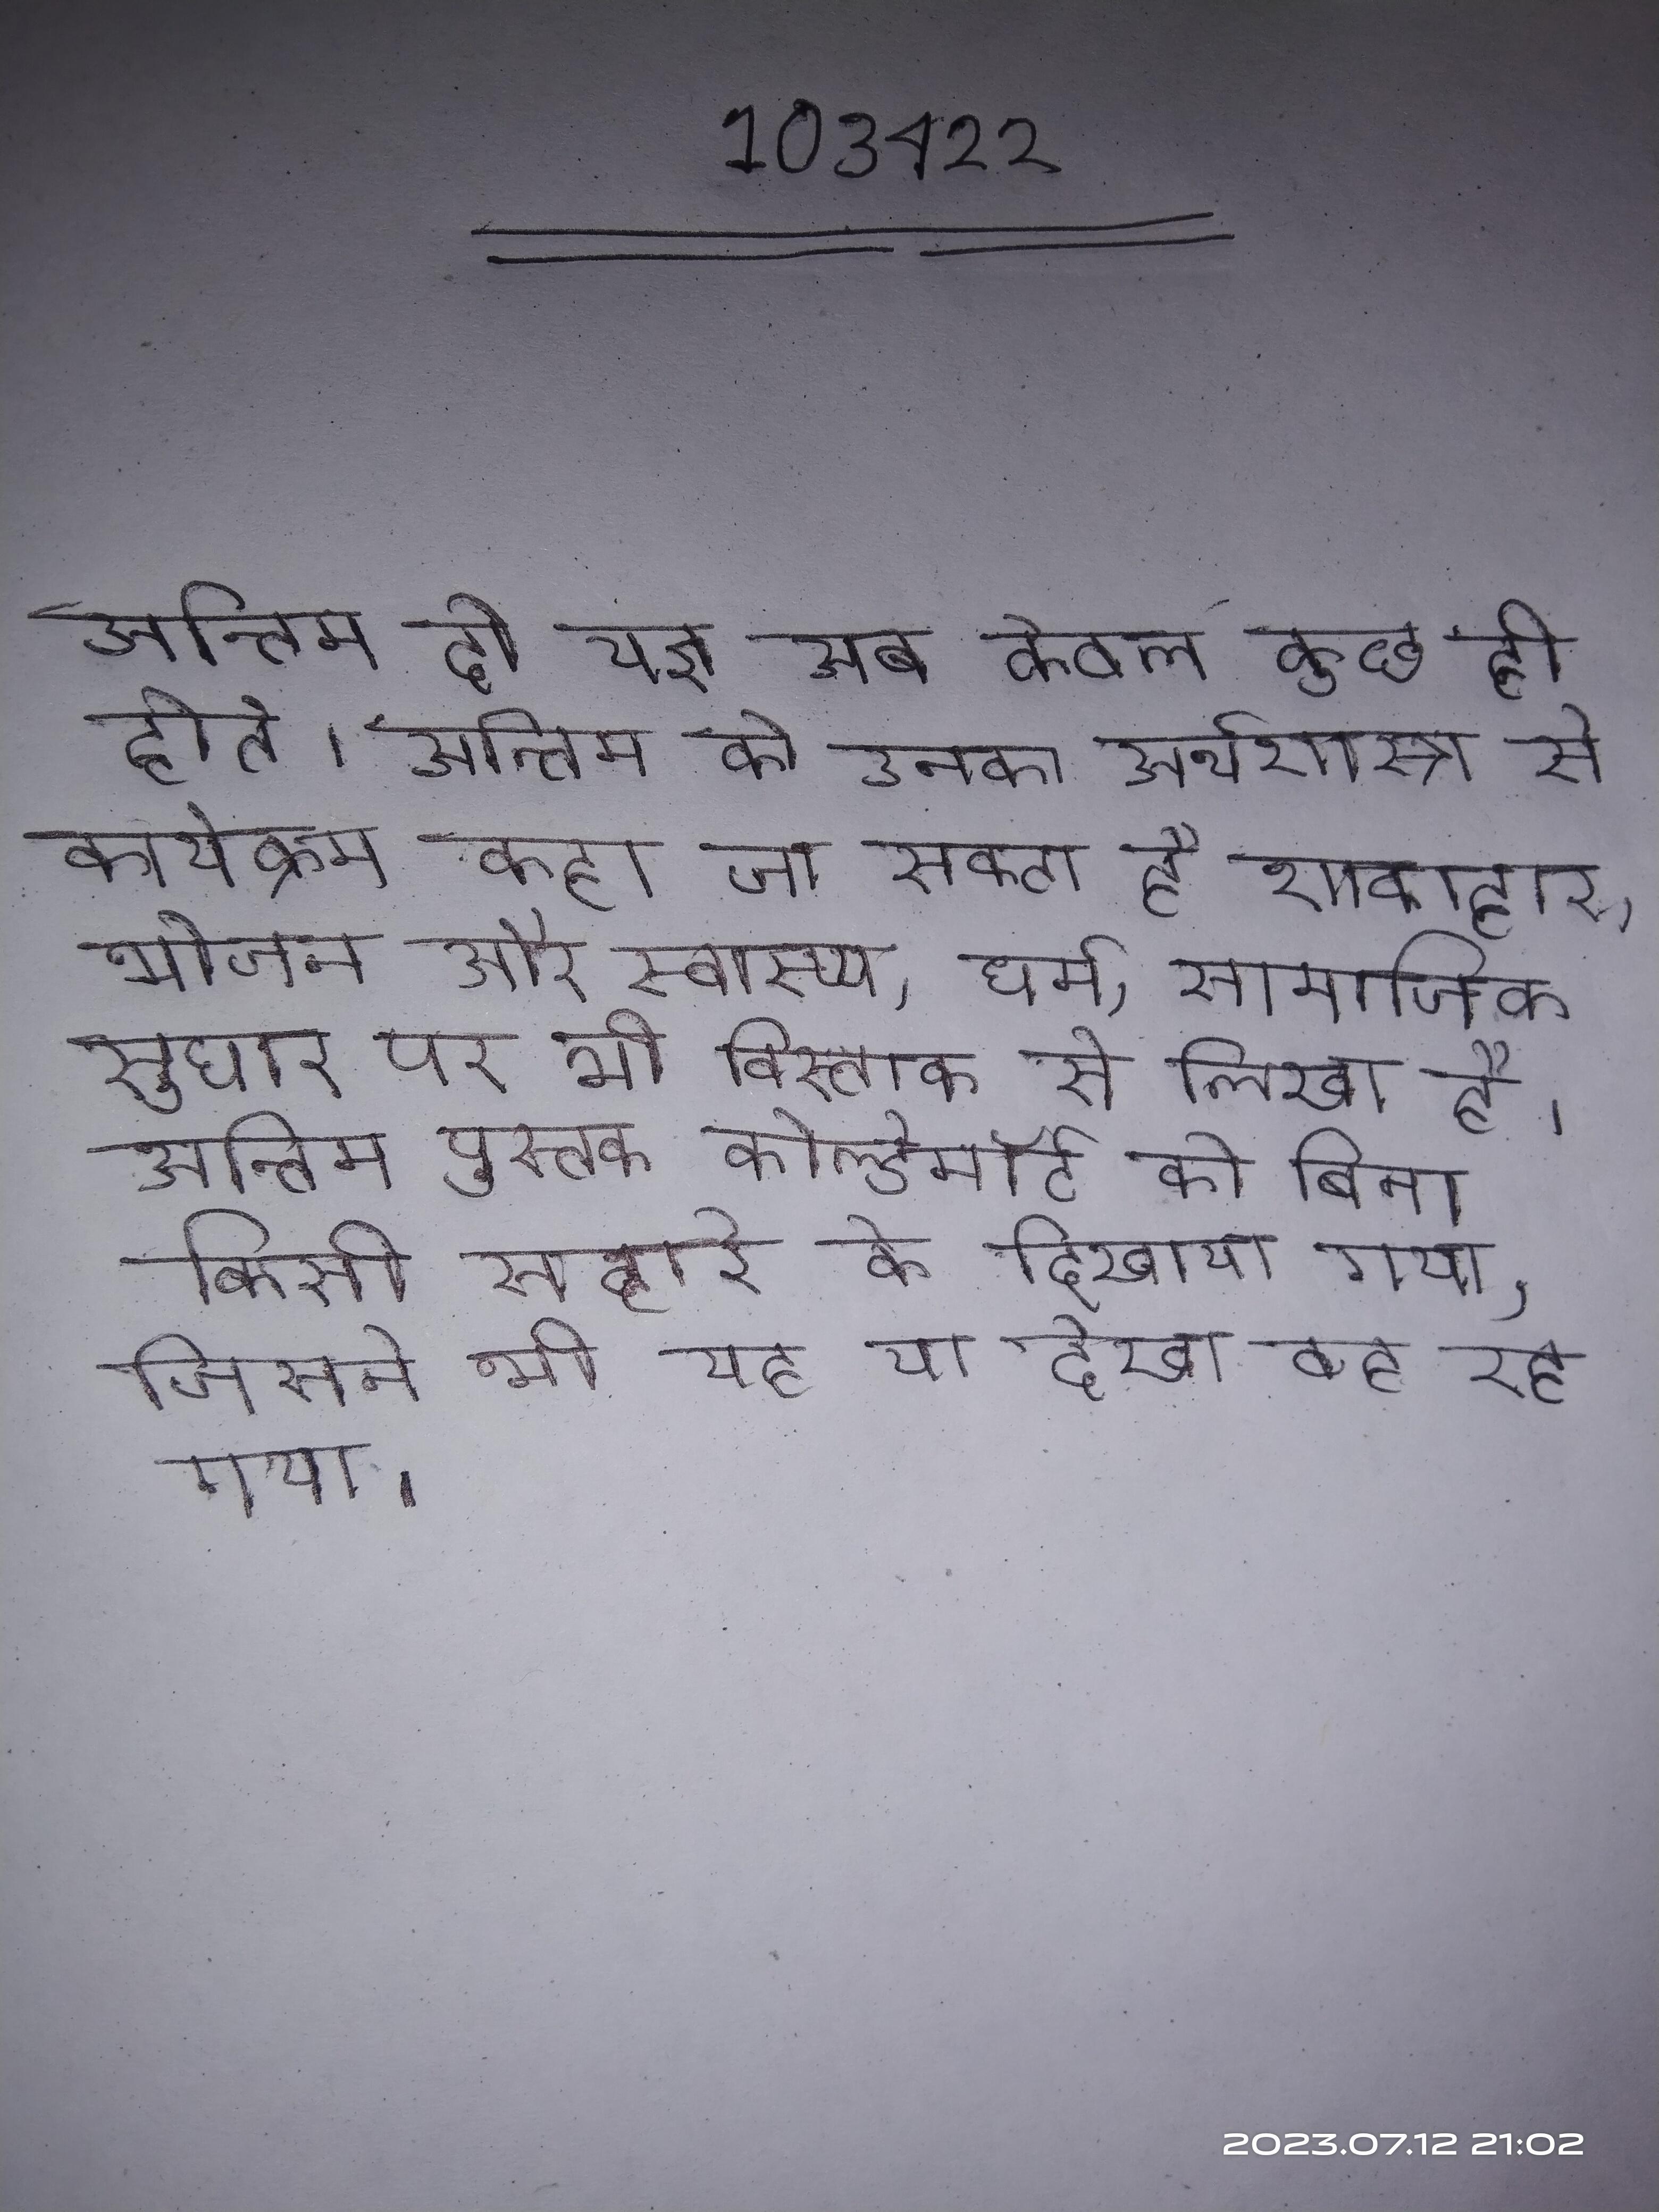
अन्तिम दो यज्ञ अब केवल कुछ ही होते । अन्तिम को उनका अर्थशास्त्र से कार्यक्रम कहा जा सकता है शाकाहार, भोजन और स्वास्थ्य, धर्म, सामाजिक सुधार पर भी विस्तार से लिखा है । अन्तिम पुस्तक वोल्डेमॉर्ट को बिना किसी सहारे के दिखाया गया, जिसने भी यह या देखा वह रह गया ।